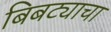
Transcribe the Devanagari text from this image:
बिबट्याचा